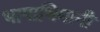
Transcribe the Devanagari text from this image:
भाषाभिमानी